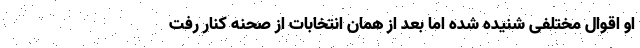
او اقوال مختلفی شنیده شده اما بعد از همان انتخابات از صحنه کنار رفت